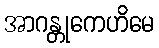
အာဂန္တုကေဟိမေ